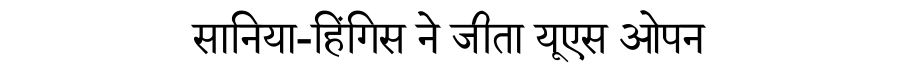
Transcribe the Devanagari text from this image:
सानिया-हिंगिस ने जीता यूएस ओपन